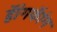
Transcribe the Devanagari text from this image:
हॅांगकॅांग